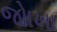
જોાખા